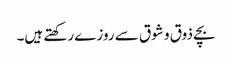
بچے ذوق و شوق سے روزے رکھتے ہیں۔